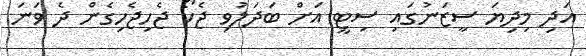
އަދި މިދިޔަ ސީޒަނުގައި ސިޓީ އަށް ބަދަލުވި ޖެކޯ ޖެހިޖެހިގެން ދެ ވަނަ